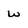
Character: W